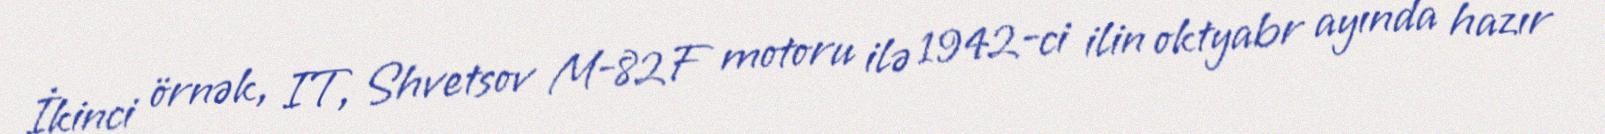
İkinci örnək, IT, Shvetsov M-82F motoru ilə 1942-ci ilin oktyabr ayında hazır